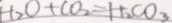
t _ { 2 } O + C O _ { 3 } = H _ { 2 } C O _ { 3 }